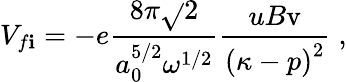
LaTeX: V_{f\mathbf{i}}=-e\frac{{8\pi\sqrt{}{{2}}}}{{a_{0}^{5/2}\omega^{1/2}}}\frac{{uB\mathrm{{v}}}}{{\left({\mathbf{\kappa}-p}\right)^{2}}}\; ,